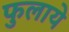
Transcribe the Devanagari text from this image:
फुलाये